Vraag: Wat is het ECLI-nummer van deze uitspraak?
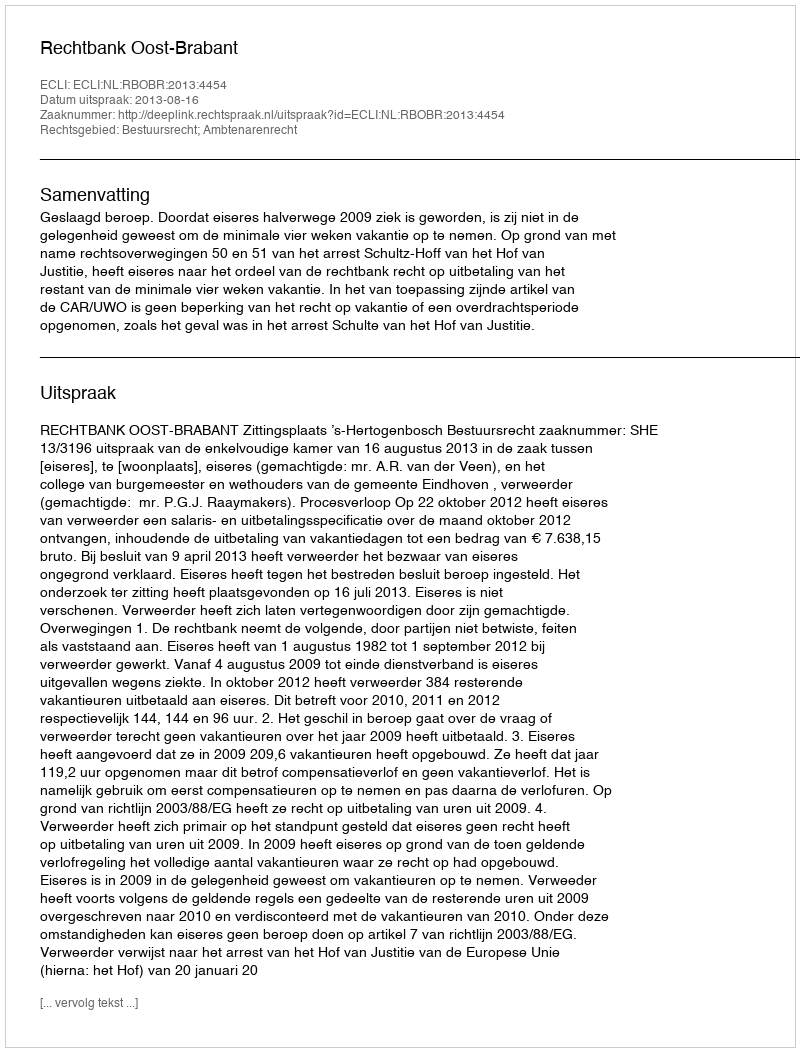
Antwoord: ECLI:NL:RBOBR:2013:4454